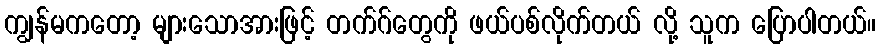
ကျွန်မကတော့ များသောအားဖြင့် တက်ဂ်တွေကို ဖယ်ပစ်လိုက်တယ် လို့ သူက ပြောပါတယ်။